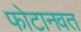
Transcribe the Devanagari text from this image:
फोटानवत